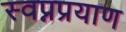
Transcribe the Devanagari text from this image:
स्वप्नप्रयाण